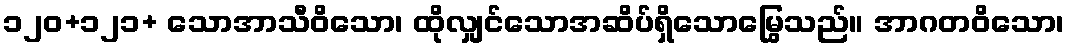
၁၂၀+၁၂၁+ သောအာသီဝိသော၊ ထိုလျှင်သောအဆိပ်ရှိသောမြွေသည်။ အာဂတဝိသော၊